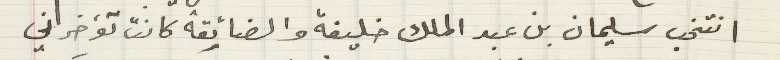
انتخب سليمان بن عبد الملك خليفة والضائقة كانت تؤخرني